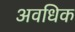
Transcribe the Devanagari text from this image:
अवधिक